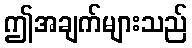
ဤအချက်များသည်